Leaving Certificate Examination, 1912
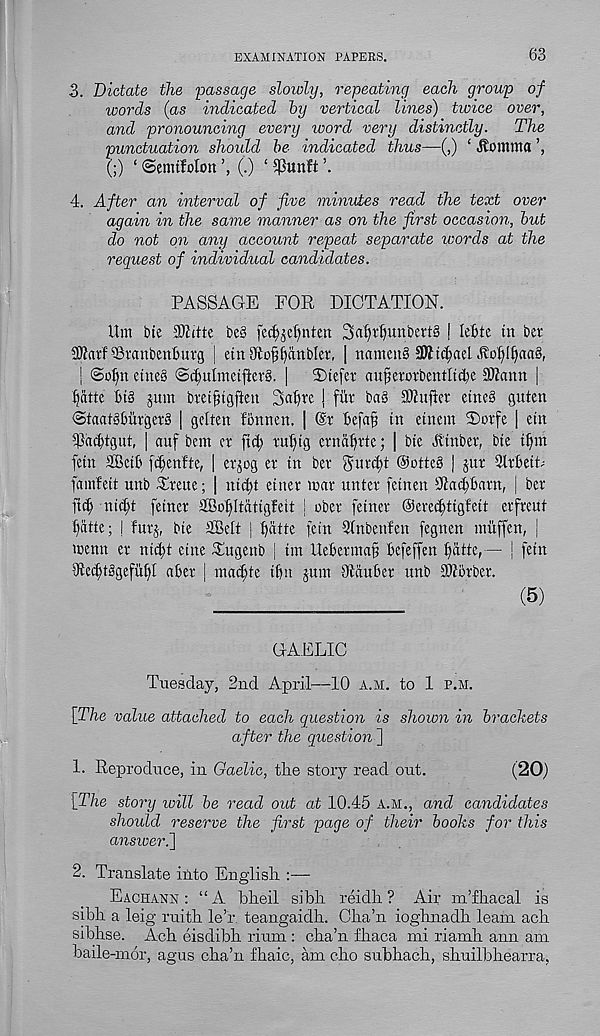
EXAMINATION PAPERS.
63
3. Dictate the passage slowly, repeating each group of
words (as indicated by vertical lines) twice over,
and pronouncing every word very distinctly.
The
punctuation should be indicated thus—(,) ‘ Jtomma
(;) ‘ ©cnufolon ('.) ‘ $unft
4. After an interval of five minutes read the text over
again in the same manner as on the first occasion, but
do not on any account repeat separate words at the
reguest of individual candidates.
PASSAGE FOR DICTATION.
Itm tue SOtitte
fed^efynten SdjtfjunbevtS ! leBte in bet -
SBranbenburg | etn Oftofjfjanbler, | namenS STOtc^ael .to^l^aaS,
j @o^n etue§ <$d)ulmet|ler4 |
3)te[er aujjerotbcntltcbe SRann |
ijatte Big jum bteifngften 3aBrc I fiit bag SOZujler eincg guten
<StaatgBurgerg | gclten fonnen. | (Sr Befa§ in einem 2)orfe | ein
TacBtgut, | auf bem cr fid; ruijtg crnai^rtc; | bic Jtinber, bte
fcin 2BctB [djenfie, | erjog er in ber
©otteg ] jut 2ltBeit;
famfeit unb Treue; | nic|t einer mar unter fetnen s Jiad)Barn, [ bcr
nic^t feincr aBo^Itatigfeit | obet feiner ©erec^tigfeit erfreut
Batte; I furj, bie SBelt |
fein Stnbenfen (egnen miiffen, |
menu er nicBt cine Tugenb | tm UeBerma§ Befeffen Batte,— | fetn
iJiecBtggefuBI aBer | macBte iBn jum OtauBer unb Sttorber.
(5)
GAELIC
Tuesday, 2nd April—10 a.m. to 1 p.m.
[The value attached to each question is shown in brackets
after the question)
1. Reproduce, in Gaelic, tire story read out.
(20)
[The story will be read out at 10.45 A.M., and candidates
should reserve the first page of their books for this
answer.)
2. Translate into English. :—
Eachann : “A bheil sibli reidh ? Air m’fhacal is
sibh a leig ruith leT. teangaidh. Cha’n ioghnadh leant ach
sibhse. Ach eisdibh rium : cha’n fliaca mi riamh ann am
baile-mor, agus cha’n fhaic, am cho subhach, shuilbhearra,